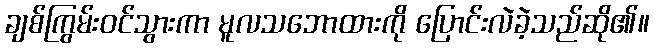
ချစ်ကြွမ်းဝင်သွားကာ မူလသဘောထားကို ပြောင်းလဲခဲ့သည်ဆို၏။